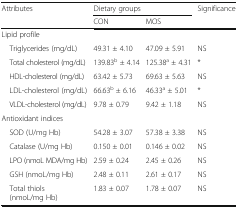
<table><thead><tr><td rowspan="2"><b>Attributes</b></td><td colspan="2"><b>Dietary groups</b></td><td rowspan="2"><b>Significance</b></td></tr><tr><td><b>CON</b></td><td><b>MOS</b></td></tr></thead><tbody><tr><td colspan="4">Lipid profile</td></tr><tr><td> Triglycerides (mg/dL)</td><td>49.31 ± 4.10</td><td>47.09 ± 5.91</td><td>NS</td></tr><tr><td> Total cholesterol (mg/dL)</td><td>139.83<sup>b</sup> ± 4.14</td><td>125.38<sup>a</sup> ± 4.31</td><td>*</td></tr><tr><td> HDL-cholesterol (mg/dL)</td><td>63.42 ± 5.73</td><td>69.63 ± 5.63</td><td>NS</td></tr><tr><td> LDL-cholesterol (mg/dL)</td><td>66.63<sup>b</sup> ± 6.16</td><td>46.33<sup>a</sup> ± 5.01</td><td>*</td></tr><tr><td> VLDL-cholesterol (mg/dL)</td><td>9.78 ± 0.79</td><td>9.42 ± 1.18</td><td>NS</td></tr><tr><td colspan="4">Antioxidant indices</td></tr><tr><td> SOD (U/mg Hb)</td><td>54.28 ± 3.07</td><td>57.38 ± 3.38</td><td>NS</td></tr><tr><td> Catalase (U/mg Hb)</td><td>0.150 ± 0.01</td><td>0.146 ± 0.02</td><td>NS</td></tr><tr><td> LPO (nmoL MDA/mg Hb)</td><td>2.59 ± 0.24</td><td>2.45 ± 0.26</td><td>NS</td></tr><tr><td> GSH (nmoL/mg Hb)</td><td>2.48 ± 0.11</td><td>2.61 ± 0.17</td><td>NS</td></tr><tr><td> Total thiols (nmoL/mg Hb)</td><td>1.83 ± 0.07</td><td>1.78 ± 0.07</td><td>NS</td></tr></tbody></table>